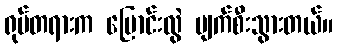
ရုပ်တရားက ပြောင်းလွဲ ပျက်စီးသွားတယ်။